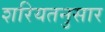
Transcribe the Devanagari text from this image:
शरियतनुसार